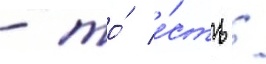
- то́ е́сть /